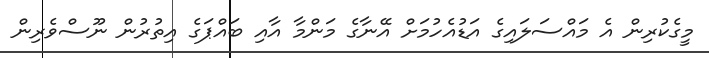
މީގެކުރިން އެ މައްސަލައިގެ އަޑުއެހުމަށް އޭނާގެ މަންމާ އާއި ބައްޕަގެ އިތުރުން ނޫސްވެރިން